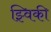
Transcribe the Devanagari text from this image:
झ्विकी